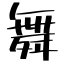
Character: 舞